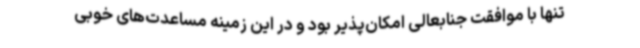
تنها با موافقت جنابعالی امکان‌پذیر بود و در این زمینه مساعدت‌های خوبی